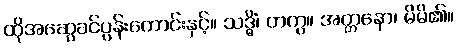
ထိုအဆွေခင်ပွန်းကောင်းနှင့်။ သဒ္ဓိံ၊ တကွ။ အတ္တနော၊ မိမိ၏။